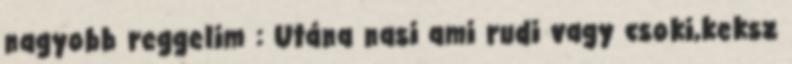
nagyobb reggelim : Utána nasi ami rudi vagy csoki,keksz